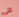
على